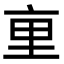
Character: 𫟯